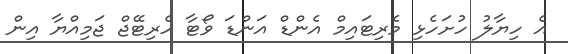
އެ ހިޔާލު ހުށަހެޅި މެރިޓައިމް އެންޑް އަންޑަ ވޯޓާ ހެރިޓޭޖް ޖަމިއްޔާ އިން